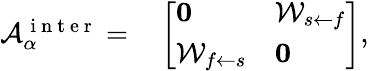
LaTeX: \begin{array}{rl}{\mathcal{A}_{\alpha}^{\mathrm{~i~n~t~e~r~}}=}&{{}\left[\begin{array}{ll}{\mathbf{0}}&{\mathcal{W}_{s\leftarrow f}}\\ {\mathcal{W}_{f\leftarrow s}}&{\mathbf{0}}\end{array}\right],}\end{array}